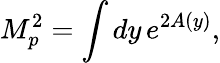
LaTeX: M_{p}^{2}=\int dy\, e^{2A\left(y\right)},